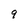
Character: 9